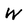
Character: w